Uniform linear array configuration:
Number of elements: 4
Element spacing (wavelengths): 1
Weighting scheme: kaiser
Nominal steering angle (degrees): -60
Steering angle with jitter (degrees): -61.946
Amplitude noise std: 0.05
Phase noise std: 0.05

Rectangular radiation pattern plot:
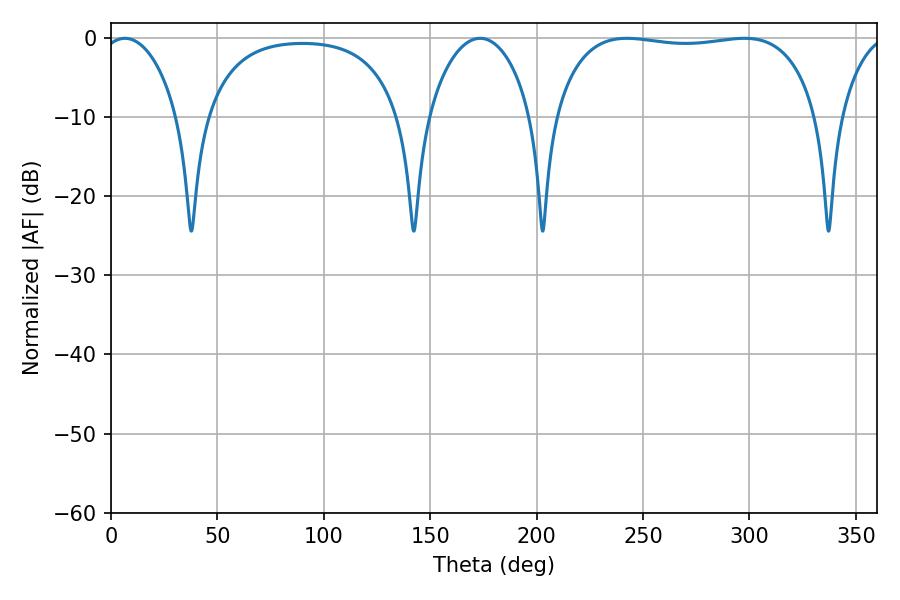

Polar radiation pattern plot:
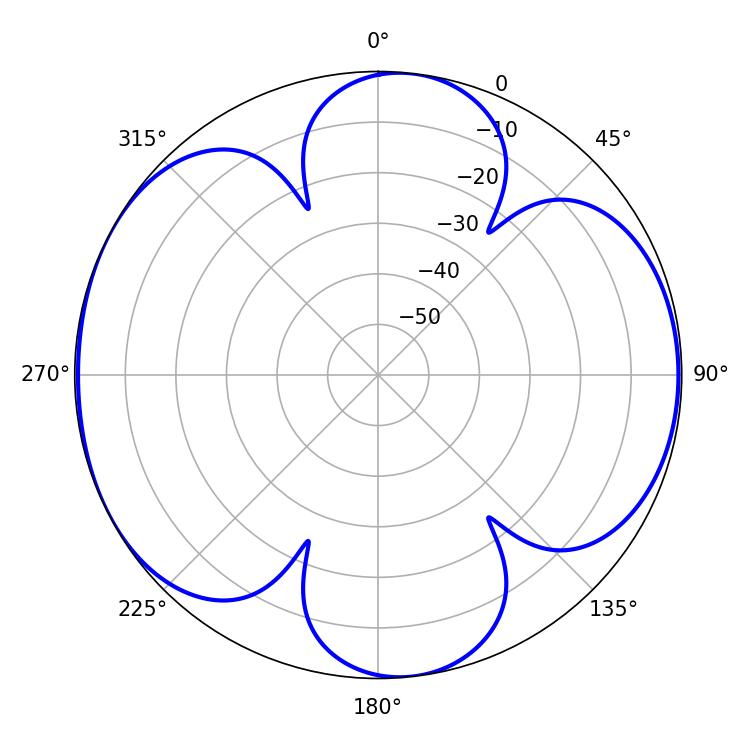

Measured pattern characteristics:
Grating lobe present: TRUE
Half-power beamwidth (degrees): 99
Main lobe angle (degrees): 242.46